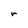
Character: r